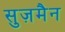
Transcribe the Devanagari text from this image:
सुज़मैन